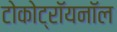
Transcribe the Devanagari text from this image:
टोकोट्रॉयनॉल